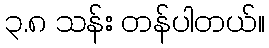
၃.၈ သန်း တန်ပါတယ်။